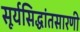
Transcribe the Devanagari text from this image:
सूर्यसिद्धांतसारणी